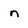
Character: n